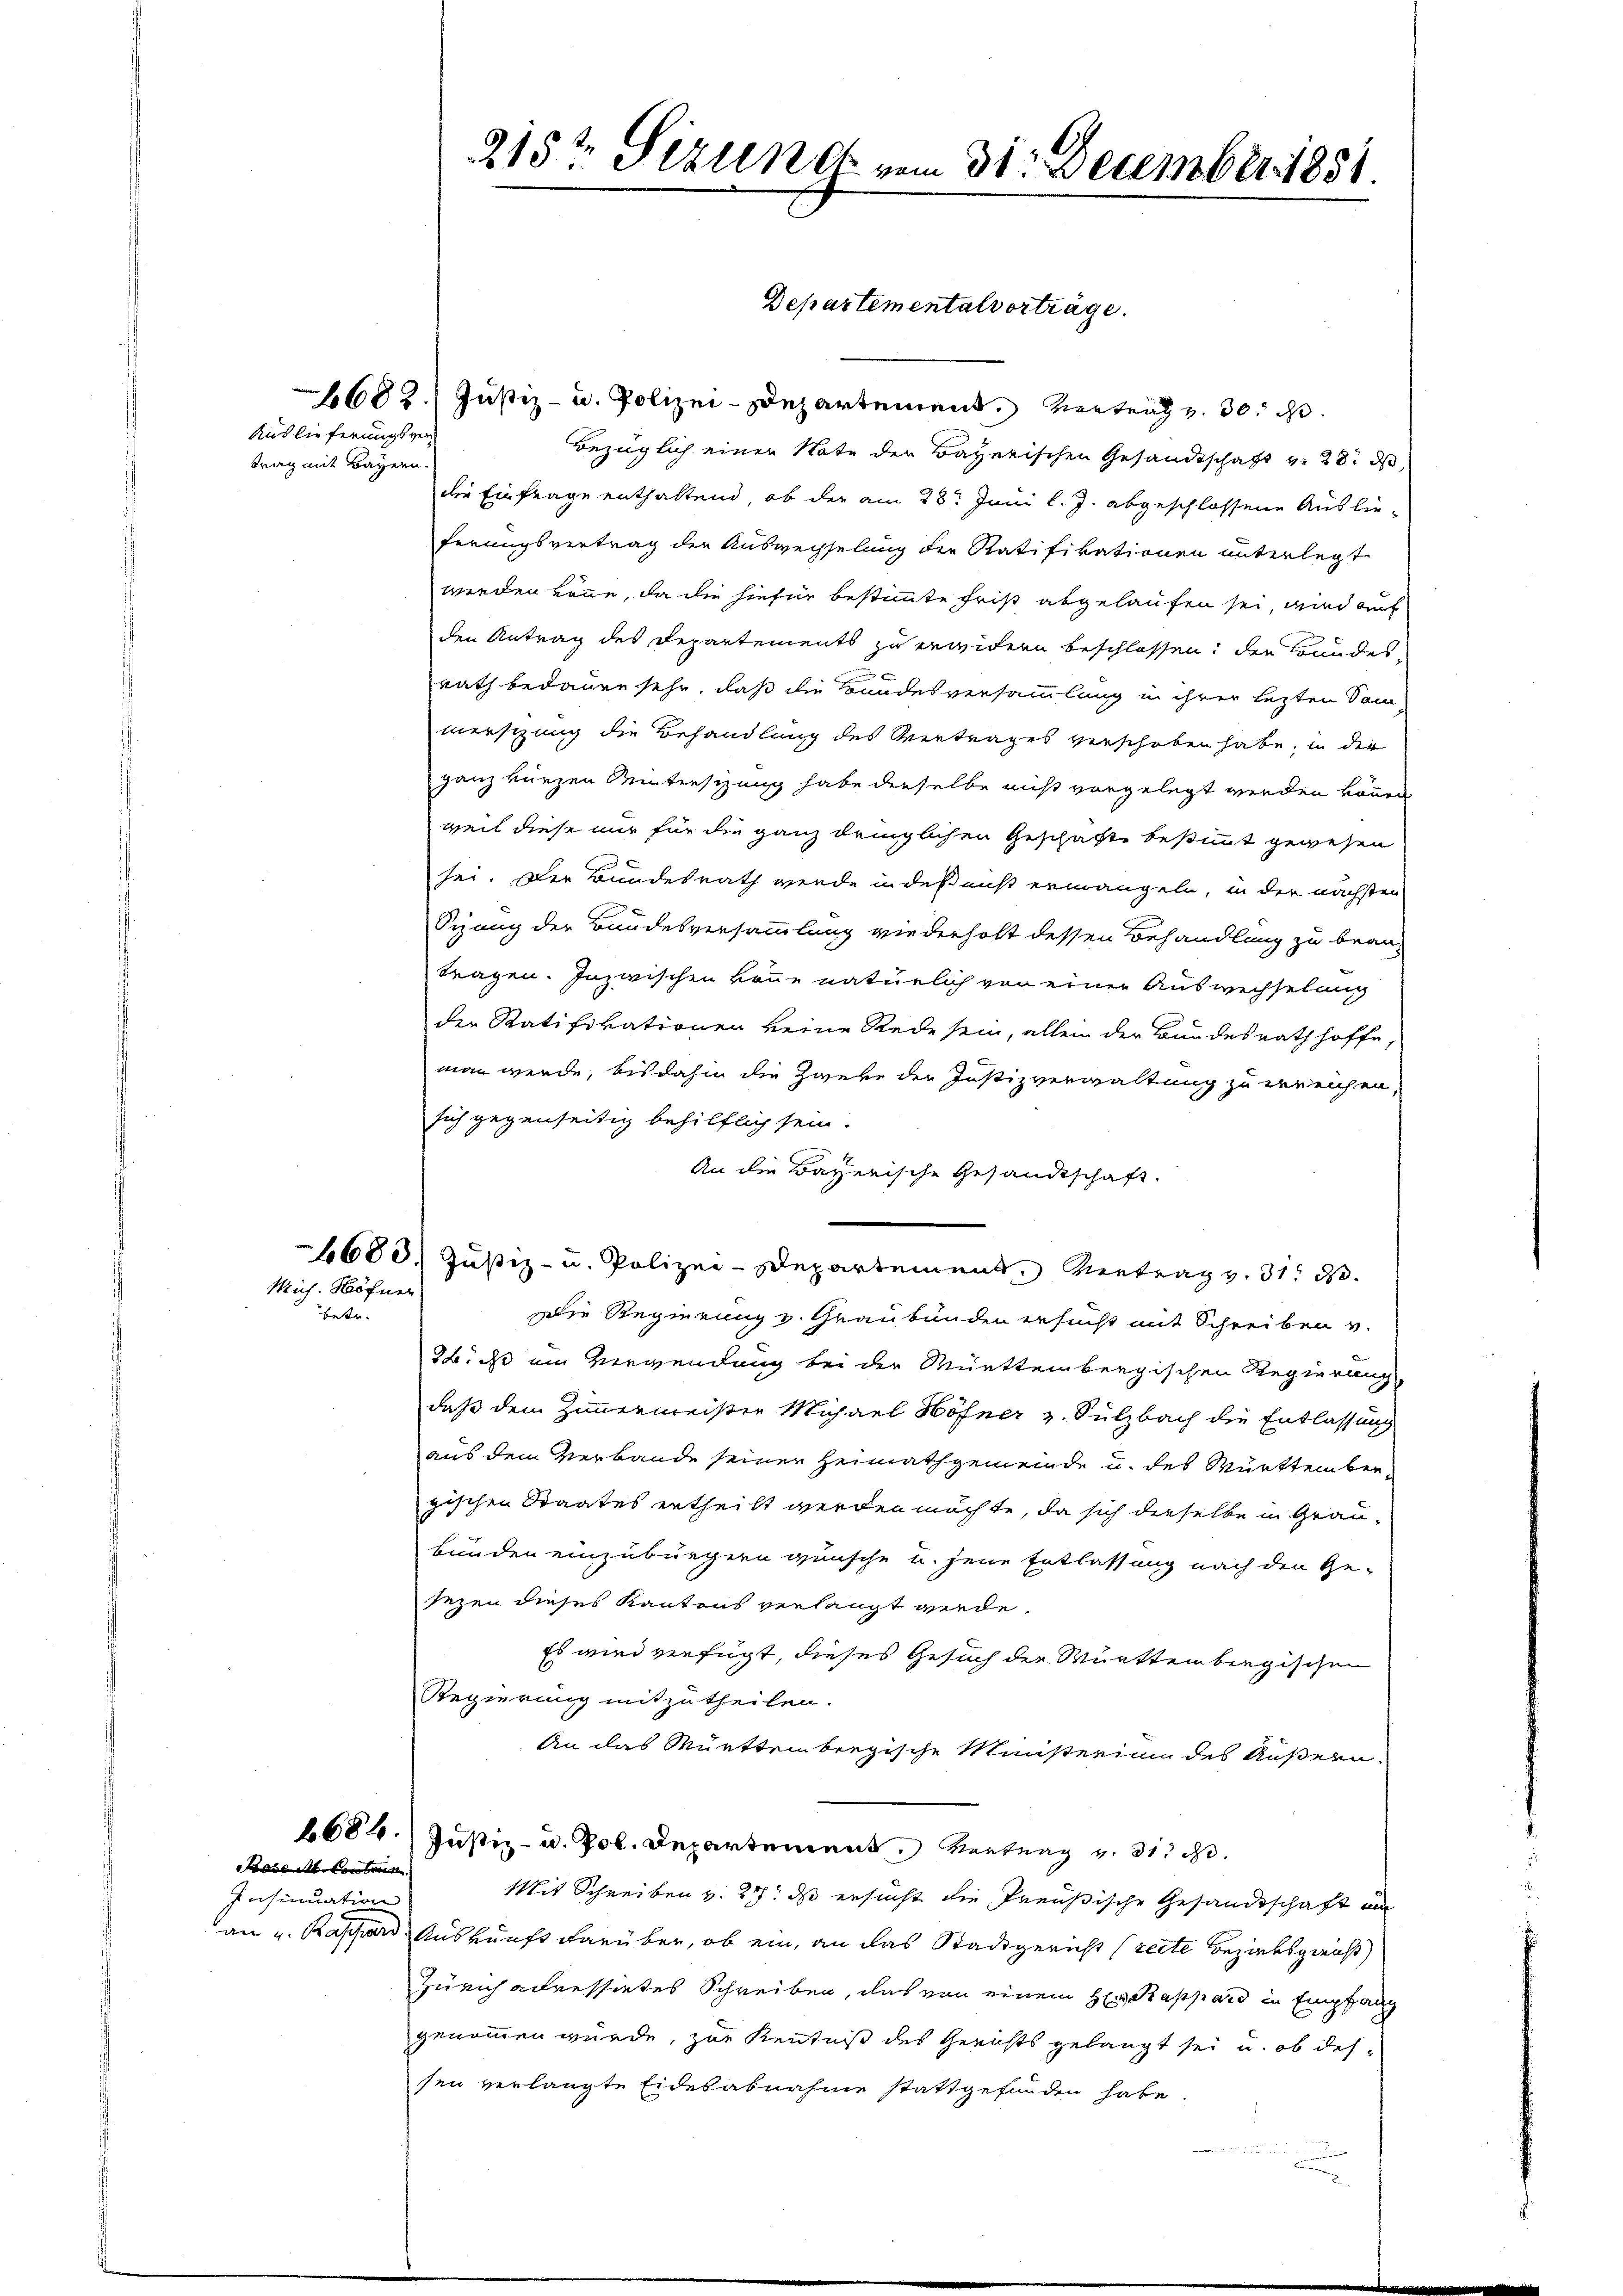
Auslieferungsver
trag mit Bayern.

Mich. Höfnen

betr.

Bois et Couleur
Insinuation

1682. Justiz- u. Polizei-Departement. Vertrag v. 30. d.
Bezüglich einer Nate der Bayerischen Gesandtschaft v. 28. ds,
die Einfrage enthaltend, ob der am 28t Juni l. J. abgeschlossene Auslie-
ferungsvertrag der Auswechselung der Ratifikationen unterlegt
werden könne, da die hiefür bestimmte Frist abgelaufen sei, wird auf
den Antrag des Departements zu erwidern beschlossen, den Bundes
rath bedauen sehr, daß die Bundesversammlung in ihrer lezten Sam
merschung die Behandlung des Vertrages verschoben habe, in der
ganz kurzen Wintersizung habe derselbe nicht vorgelegt werden können
weil diese nur für die ganz dringlichen Geschäfte bestimmt gewesen
sei. Der Bundesrath werde in des mißt ermangeln, in der nächsten
Sizung der Bundesversammlung wiederholt dessen Behandlung zu brautragen. Inzwischen könne natürlich von einer Auswechselung
den Ratifikationen keine Rede sein, allein der Bundesrath hoffe
man werde, bis dahin die Zweke der Justizverwaltung zu erreichen,
sich gegenseitig behilflich sein.
An die Bayerische Gesandtschaft.
1680. Justiz- u. Polizei-Departement. Vertrag v. 31. 33.
Die Regierung v. Graubünden ersucht mit Schreiben v.
26. ds ein Verwendung bei der Württembergischen Regierung
daß dem Zimmermeister Michael Höhner z. Sulzbach die Entlassung
aus dem Verbande seiner Heimathgemeinde u. des Württemberzischen Staates ertheilt werden möchte, da sich derselbe in Grau-
bunden einzubürgern wünsche u. jene Entlassung nach den Ge-
sezen dieses Kantons verlangt werde.
Es wird verfügt, dieses Gesuch der Württembergischen
Regierung mitzutheilen.
An das Mürttembergische Münsterinn des Äußern
1684. Justiz- u. Pol. Departement Vertrag v. 313 d
Mit Schreiben v. 27. ds ersucht die Preußische Gesandtschaft un
an u. Kassard Auskunft darüber, ob ein, an das Stadtgericht (recte Bezirksgericht
Zürich adressirtes Schreiben, das von einem Hr. Rappard in Empfang
genommen würde, zur Kenntniß des Gerichts gelangt sei u. ob dessen verlangte Eidesabnahme stattgefunden habe

215te Sizundt vom 31. December 1851.

Departementalverträge.